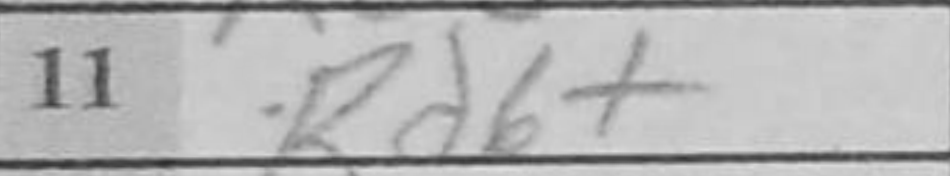
Transcription: Rd6+